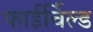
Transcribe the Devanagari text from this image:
फाईर्चिल्ड